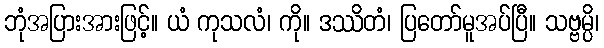
ဘုံအပြားအားဖြင့်။ ယံ ကုသလံ၊ ကို။ ဒဿိတံ၊ ပြတော်မူအပ်ပြီ။ သဗ္ဗမ္ပိ၊